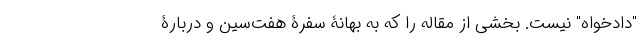
"دادخواه" نیست. بخشی از مقاله را که به بهانۀ سفرۀ هفت‌سین و دربارۀ